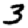
Digit: 3